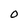
Character: O